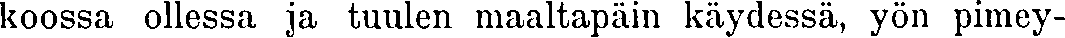
koossa ollessa ja tuulen maaltapäin käydessä, yön pimey-